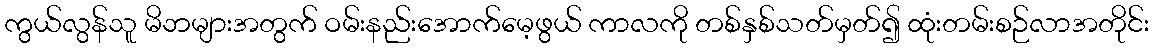
ကွယ်လွန်သူ မိဘများအတွက် ဝမ်းနည်းအောက်မေ့ဖွယ် ကာလကို တစ်နှစ်သတ်မှတ်၍ ထုံးတမ်းစဉ်လာအတိုင်း